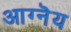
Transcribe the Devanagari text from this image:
आग्नॆय